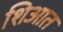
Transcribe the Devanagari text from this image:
शिआत